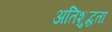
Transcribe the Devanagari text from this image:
अतिशुद्धता